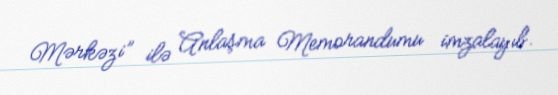
Mərkəzi” ilə Anlaşma Memorandumu imzalayıb.